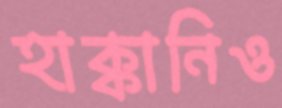
হাক্কানিও